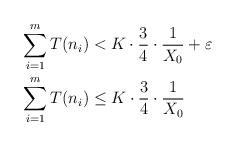
LaTeX: \begin{align*}\sum_{i=1}^m T(n_i) &<K\cdot \frac{3}{4} \cdot \frac{1}{X_0} + \varepsilon \\\sum_{i=1}^m T(n_i) &\leq K\cdot \frac{3}{4} \cdot \frac{1}{X_0} \end{align*}